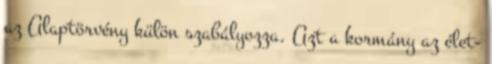
az Alaptörvény külön szabályozza. Azt a kormány az élet-